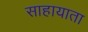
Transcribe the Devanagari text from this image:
साहायाता